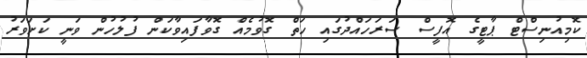
ކޮމިއުނިސްޓް ޕާޓީގެ އޮފީސް ސަރަހައްދުގައި ހަތް ގޮވުމެއް ގޮވާފައިވާކަން ފުލުހުން ވަނީ ކަށަވަރު